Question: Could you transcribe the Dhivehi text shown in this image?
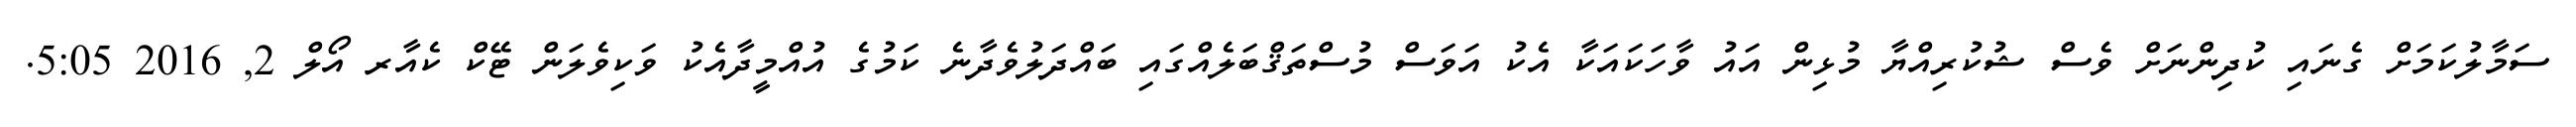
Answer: ސަމާލުކަމަށް ގެނައި ކުދިންނަށް ވެސް ޝުކުރިއްޔާ މުޅިން އައު ވާހަކައަކާ އެކު އަވަސް މުސްތަޤްބަލެއްގައި ބައްދަލުވެދާނެ ކަމުގެ އުއްމީދާއެކު ވަކިވެލަން ޓޭކް ކެއާރ އޯލް 2, 2016 5:05.